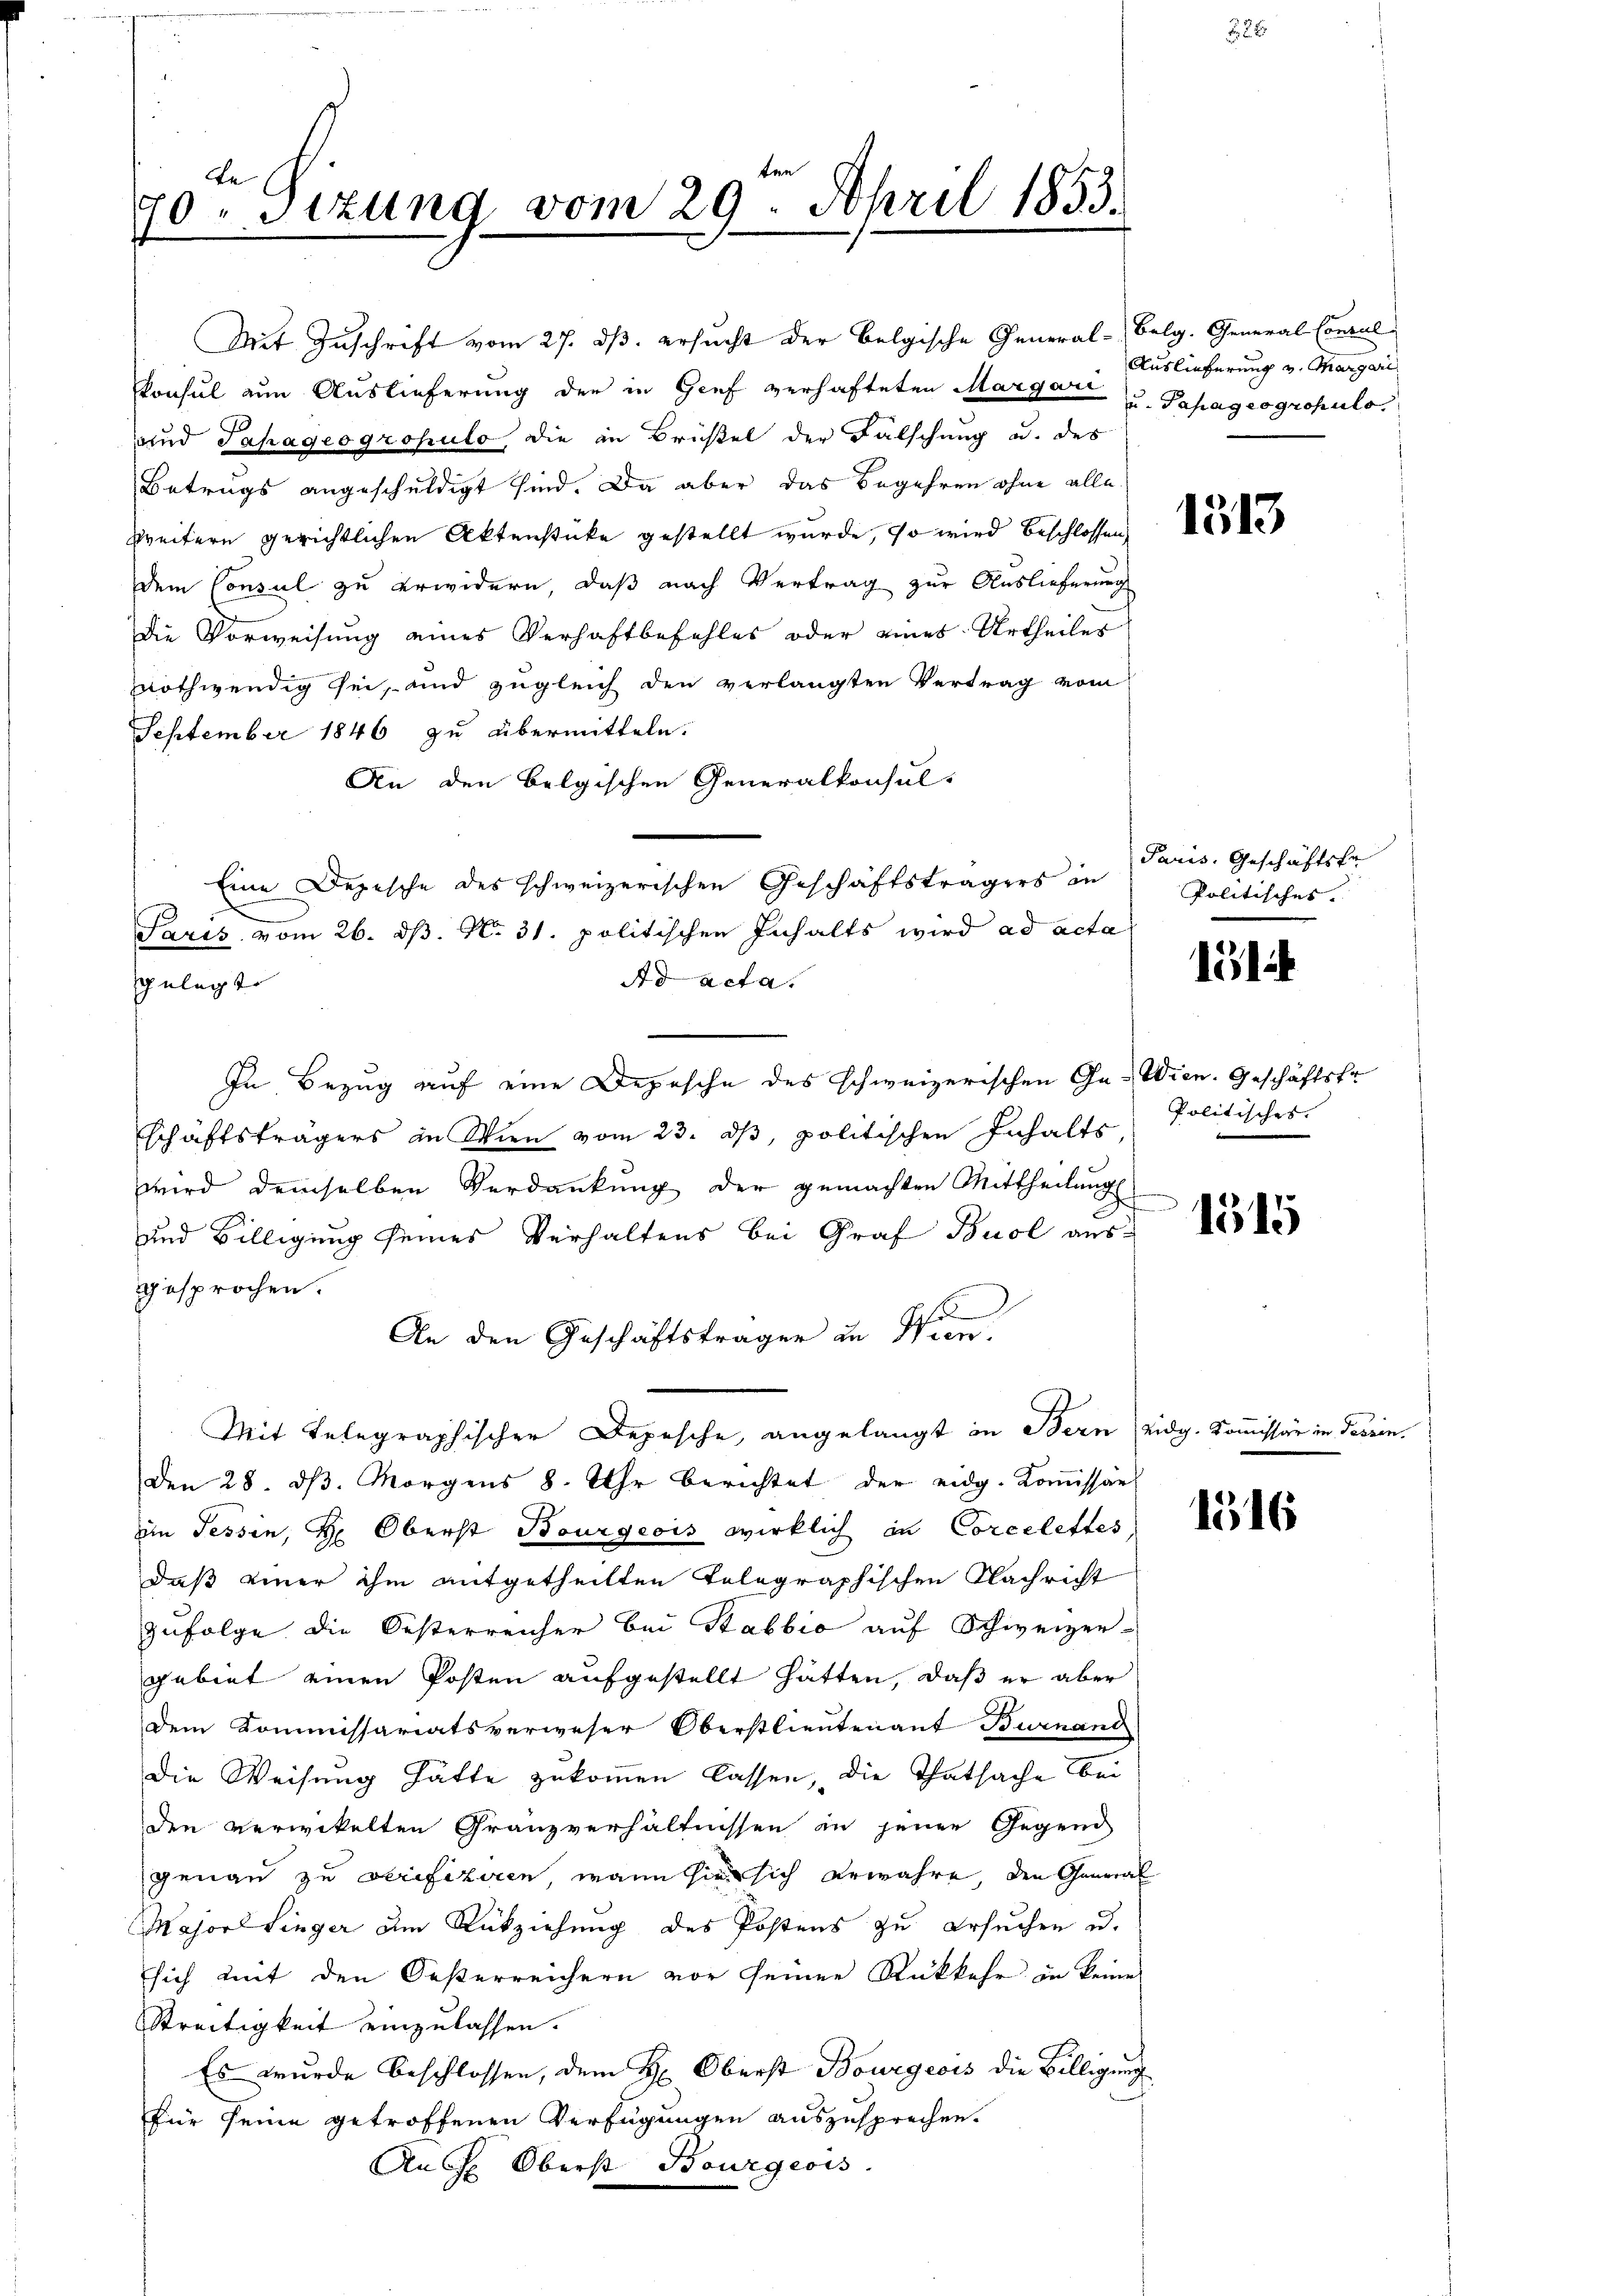
be
70. Sitzung vom 29. April 1853.

Konsul zum Auslieferung der in Genf verhafteten Margare u. Papageogropulo
und Japageogropulo die in Brüstel der Falschung u. des
Betrugs angeschuldigt sind. Da aber das Begehren ohne alle
weitern gerichtlichen Aktenstücke gestellt wurde, so wird beschlossen,
dem Consul zu erwidern, daß nach Vertrag zur Auslieferung
Die Vorweisung eines Verhaftbefehles oder eines Urtheiler
nothwendig sei, und zugleich den verlangten Vertrag vom
September 1846 zu übermitteln.
An den belgischen Generalkonsul-
Eine Depesche des schweizerischen Geschäftsträgers in
Paris vom 26. d. N. 31. politischen Inhalts wird ad acta
Ad acta.
gelegt.
In Bezug auf eine Depesche des schweizerischen Ga-Wien. Geschäftsfr
schäftsträgers in Wien vom 23. dβ, politischen Inhalts,
wird demselben Verdankung der gemachten Mittheilungs
und Billigung seines Verhaltens bei Graf Buol ausgesprochen.
An den Geschäftsträger in Wien.
Mit Telegraphischen Depesche, angelangt in Bern Eidg. Kommissär in Tessin.
Den 28. ds. Morgens 8. Uhr berichtet der eidg. Kommissär
im Tessin, Hr. Oberst Bourgeois wirklich in Corcelettes,
daß einer ihm mitgetheilten Telegraphischen Nachricht
zufolge die Oesterreicher bei Stabbia auf Schweizer-
gebiet einen Posten aufgestellt hätten, daß er aber
Dem Kommissariatsverweser Oberstlieutenant Burnand
Die Weisung hätte zukommen lassen, die Thatsache bei
den verwickelten Granzverhältnissen in jener Gegend
genau zu verifiziren, wann sie sich erwahre, den General
Major Linger am Rückziehung des Postens zu ersuchen u.
sich mit den Oesterreichern vor seiner Rückkehr in keine
Streitigkeit einzulassen.
Es wurde beschlossen, dem H: Oberst Bourgeois die Billigung
für seine getroffenen Verfügungen auszusprechen.
Auch Oberst Bourgeois.

Mit Zuschrift vom 27. ds. ersucht der Belgische General-Belg. General Concul

u

Auslieferung v. Margari

1513

Paris, Geschäftsfa
Politisches.

11

Politisches.

1515

1516